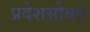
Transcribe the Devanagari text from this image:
प्रदेशसोबत